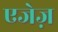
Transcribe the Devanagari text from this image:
एजेज़